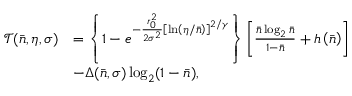
\begin{array} { r l } { \mathcal { T } ( \bar { n } , \eta , \sigma ) } & { = \left\{ 1 - e ^ { - \frac { r _ { 0 } ^ { 2 } } { 2 \sigma ^ { 2 } } \left[ \ln \left( \eta / \bar { n } \right) \right] ^ { 2 / \gamma } } \right\} \left[ \frac { \bar { n } \log _ { 2 } \bar { n } } { 1 - \bar { n } } + h \left( \bar { n } \right) \right] } \\ & { - \Delta ( \bar { n } , \sigma ) \log _ { 2 } ( 1 - \bar { n } ) , } \end{array}